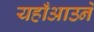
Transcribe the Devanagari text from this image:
यहाँआउने